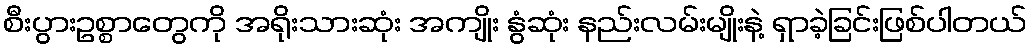
စီးပွားဥစ္စာတွေကို အရိုးသားဆုံး အကျိုး နွံဆုံး နည်းလမ်းမျိုးနဲ့ ရှာခဲ့ခြင်းဖြစ်ပါတယ်